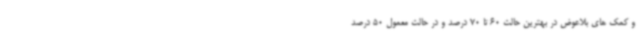
و کمک های بلاعوض در بهترین حالت 60 تا 70 درصد و در حالت معمول 50 درصد